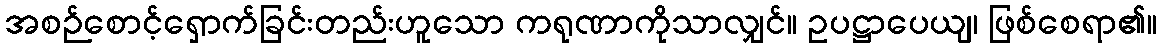
အစဉ်စောင့်ရှောက်ခြင်းတည်းဟူသော ကရုဏာကိုသာလျှင်။ ဥပဋ္ဌာပေယျ၊ ဖြစ်စေရာ၏။